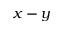
x - y